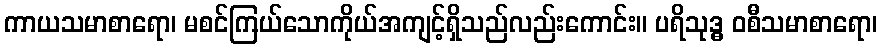
ကာယသမာစာရော၊ မစင်ကြယ်သောကိုယ်အကျင့်ရှိသည်လည်းကောင်း။ ပရိသုဒ္ဓ ဝစီသမာစာရော၊